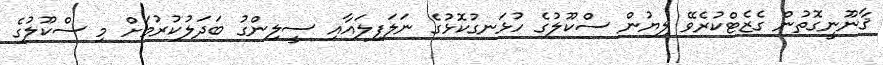
ޤާނޫނީގޮތުން ގެޒެޓްކުރެވޭ ލިޔުން ސްކޫލުގެ ހުޅަނގުކޮޅުގެ ނަލަފިލައާއި ސީލިންގު ބަދަލުކުރުމަށް މި ސްކޫލުގެ